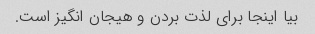
بیا اینجا برای لذت بردن و هیجان انگیز است.